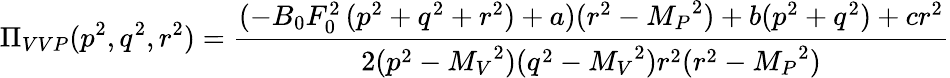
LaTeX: \Pi_{VVP}(p^{2},q^{2},r^{2})={\frac{(-B_{0}F_{0}^{2}\, (p^{2}+q^{2}+r^{2})+a)(r^{2}-{M_{P}}^{2})+b(p^{2}+q^{2})+cr^{2}}{2(p^{2}-{M_{V}}^{2})(q^{2}-{M_{V}}^{2})r^{2}(r^{2}-{M_{P}}^{2})}}